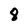
Character: 8